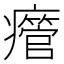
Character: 𤻥